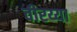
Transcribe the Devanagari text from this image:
वीरय्या